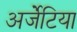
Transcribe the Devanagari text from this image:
अर्जेंटिया